Leaving Certificate, 1898
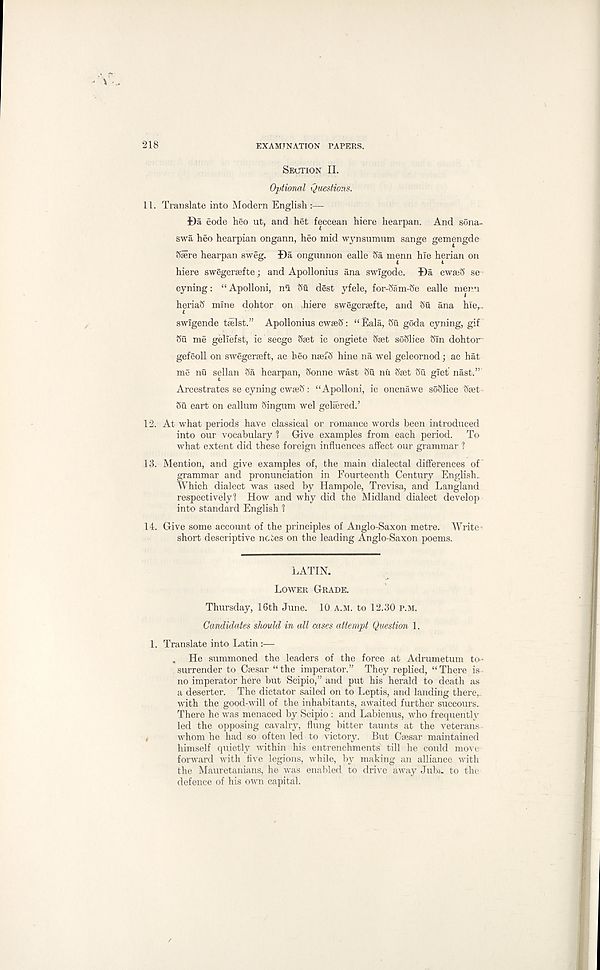
218
EXAMINATION PAPERS.
SECTION II.
Optional Questions.
11. Translate into Modern English :—
Da code heo ut, and het feccean hiere hearpan. And sona-
swa heo hearpian ongann, heo mid wynsumum sange gemengde
Siere hearpan sweg. Da ongunnon ealle <5a menn hie herian on
hiere swegcrsefte; and Apollonius ana swlgode. Da cwaeS se-
cyning: “Apolloni, nu Su dest yfele, for-Sam-Se ealle menu
heriaS mine dohtor on ,hiere swegersefte, and Su ana hler.
swlgende talst.” Apollonius cwseS: “Eala, Su goda cyning, gif
Su me gellefst, ic secge Sset ic ongiete Sset soSlice Sin dohtor
gefeoll on swegcrseft, ac heo nsei'S hine na wel geleornod; ac hat
me nu sellan Sa hearpan, Sonne wast Su nu Sset Sti glet' nast.”
Arcestrates se cyning cwseS: “Apolloni, ic oncnawe soSlice Sset-
Su eart on eallum Singum wel gelsered.’
12. At what periods have classical or romance words been introduced
into our vocabulary 1 Give examples from each period. To
what extent did these foreign influences affect our grammar 1
13. Mention, and give examples of, the main dialectal differences of
grammar and pronunciation in Fourteenth Century English.
Which dialect was used by Hampole, Trevisa, and Langland
respectively 1 ? How and why did the Midland dialect develop
into standard English 1
14. Give some account of the principles of Anglo-Saxon metre. Writer
short descriptive notes on the leading Anglo-Saxon poems.
LATIN.
LOWER GRADE.
Thursday, 16th June. 10 A.M. to 12.30 P.M.
Candidates should in all cases attempt Question 1.
1. Translate into Latin :—
„ He summoned the leaders of the force at Adrumetum to-
surrender to Caesar “the imperator.” They replied, “There is
no imperator here but Scipio,” and put his herald to death as
a deserter. The dictator sailed on to Leptis, and landing there,.,
with the good-will of the inhabitants, awaited further succours.
There he was menaced by Scipio : and Labienus, who frequently
led the opposing cavalry, flung bitter taunts at the veterans
whom he had so often led to victory. But Caesar maintained
himself quietly within his entrenchments till he could move
forward with five legions, while, by making an alliance with
the Mauretanians, he was enabled to drive away Juba, to the
defence of his own capital.